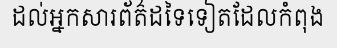
ដល់អ្នកសារព័ត៌ដទៃទៀតដែលកំពុង